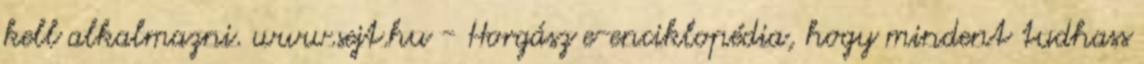
kell alkalmazni. www.sejt.hu - Horgász e-enciklopédia, hogy mindent tudhass